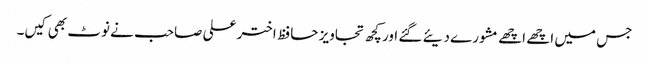
جس میں اچھے اچھے مشورے دیئے گئے اور کچھ تجاویز حافظ اختر علی صاحب نے نوٹ بھی کیں۔